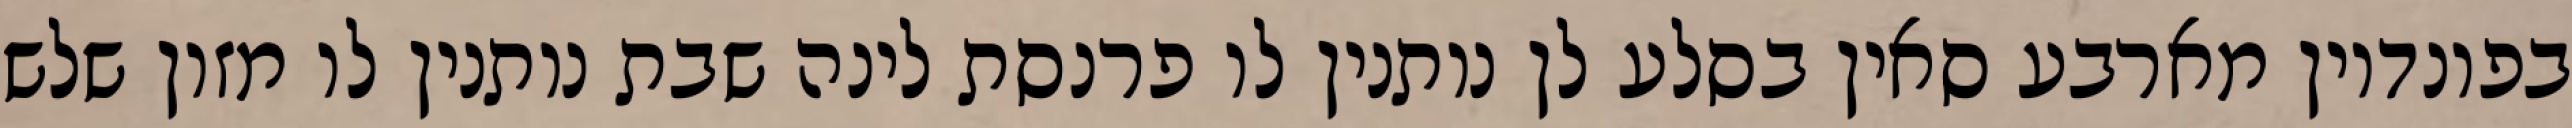
בפונדיון מארבע סאין בסלע לן נותנין לו פרנסת לינה שבת נותנין לו מזון שלש